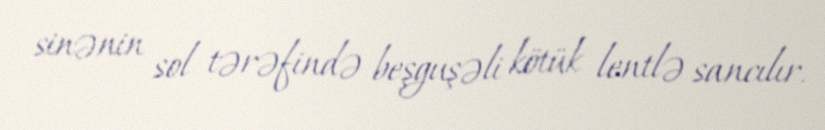
sinənin sol tərəfində beşguşəli kötük lentlə sancılır.